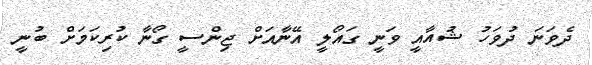
ދެވަނަ ދުވަހު ޝުއާއީ ވަނީ ގައޯލީ އޭނާއަށް ޖިންސީ ގޯނާ ކުރިކަމަށް ބުނީ